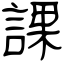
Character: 課